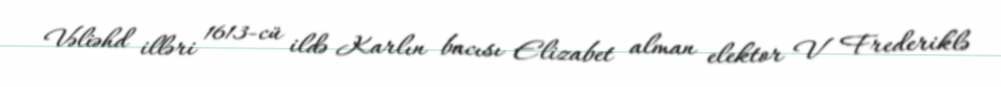
Vəliəhd illəri 1613-cü ildə Karlın bacısı Elizabet alman elektor V Frederiklə